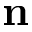
\textbf { n }